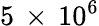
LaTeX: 5\, \times\, 10^{6}